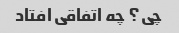
چی؟ چه اتفاقی افتاد